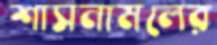
শাসনামলের